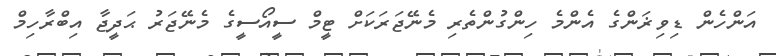
އަންހެން ޑިވިޜަންގެ އެންމެ ހިންގުންތެރި މެނޭޖަރަކަށް ޓީމް ސީއޯސީގެ މެނޭޖަރު ޙަދީޖާ އިބްރާހިމް